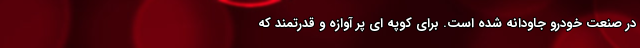
در صنعت خودرو جاودانه شده است. برای کوپه ای پر آوازه و قدرتمند که